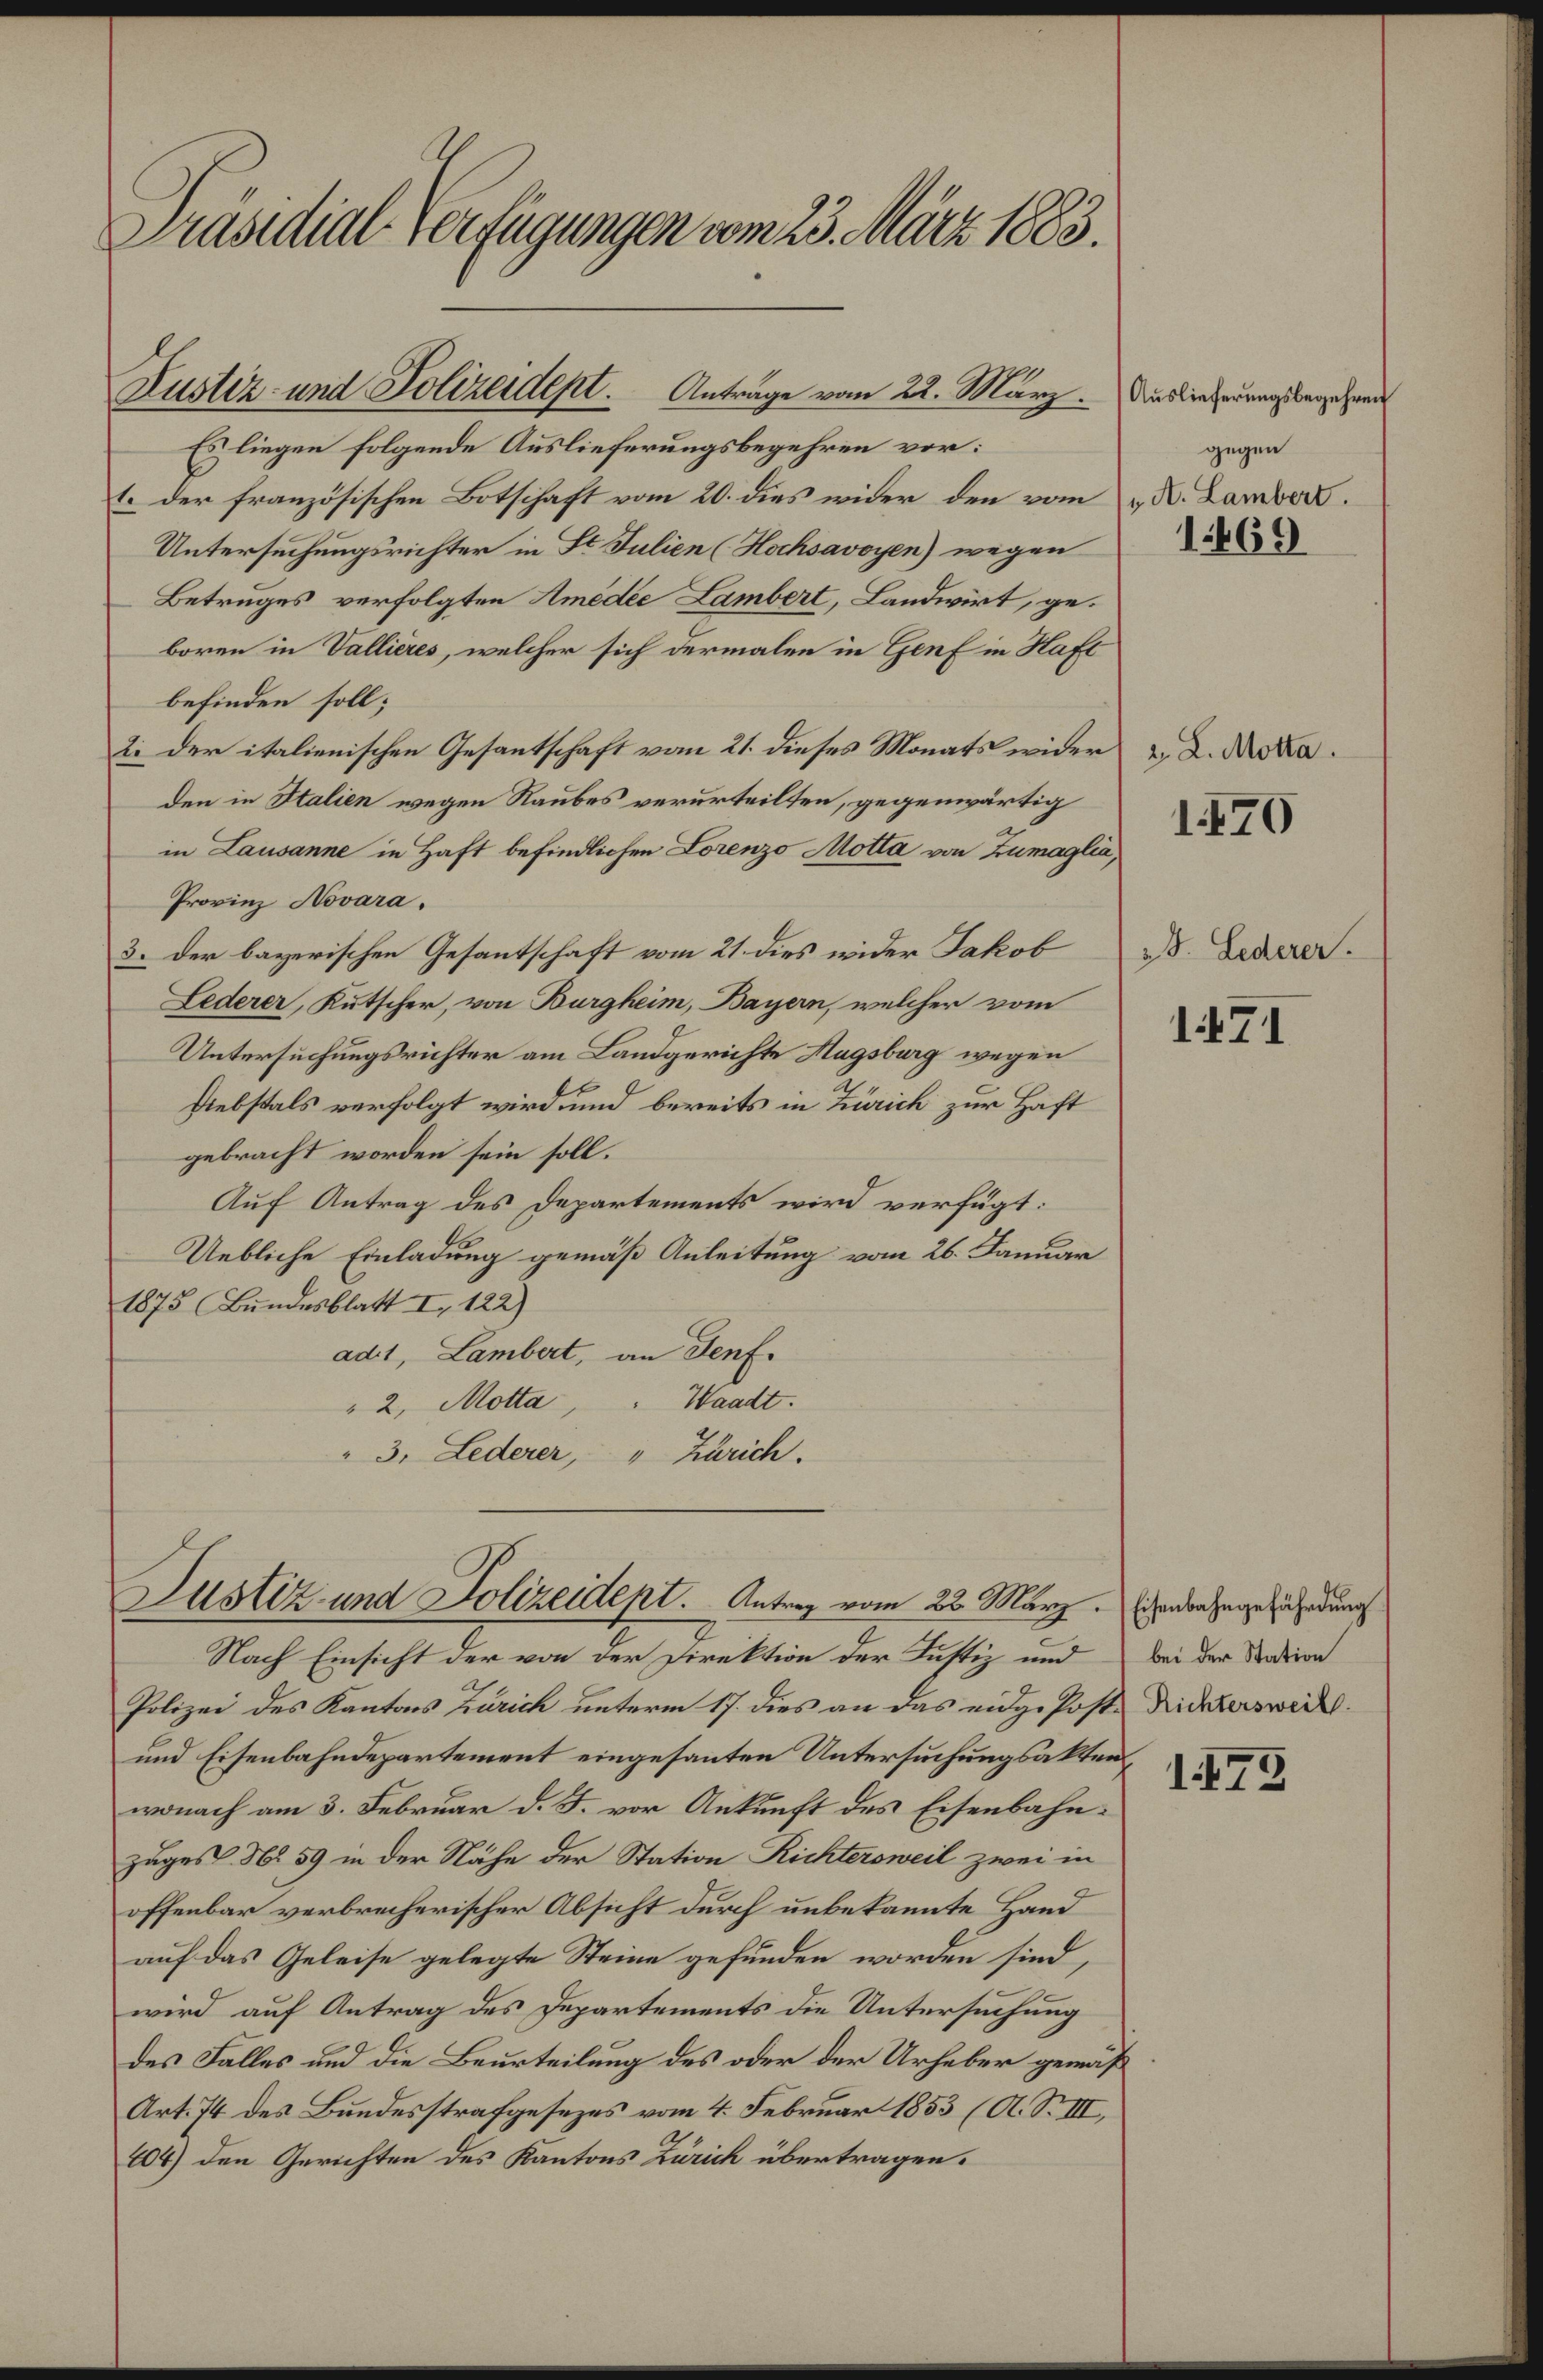
Präsidial-Verfügungen vom 23. März 1883.

Es liegen folgende Auslieferungsbegehren vor:
1. der französischen Botschaft vom 20. dies wider den vom 2. X. Lamber.
Untersuchungsrichter in St. Julien (Hochsavoyen) wegen
Betruges verfolgten Amédée Lambert, Landwirt, geboren in Vallières, welcher sich dermalen in Genf in Haft
befinden soll;
2. der italienischen Gesantschaft vom 21. dieses Monats wider
den in Italien wegen Raubes verurteilten, gegenwärtig
in Lausanne in Haft befindlichen Lorenzo Motta von Zumaglia,
Provinz Novara.
3. der bayerischen Gesantschaft vom 21. dies wider Jakob
Lederer, Kutscher, von Burgheim, Bayern, welcher vom
Untersuchungsrichter am Landgerichte Magsburg wegen
Diebstals verfolgt wird, und bereits in Zürich zur Haft
gebracht worden sein soll.
Auf Antrag des Departements wird verfügt:
Uebliche Einladung gemäß Anleitung vom 26. Januar
1875 Bundesblatt I 122)
adt, Lambert, an Senf.
Waadt.
"2, Motta,
3. Lederer, " Zürich.

Justiz- und Polizeident. Antrage vom 22. März. Auslieferungsbegehren

Justiz und Polizeidept. Antrag vom 23. März anbezugehendung
Nach Einsicht der von der Direktion der Justiz und

Polizei des Kantons Zürich unterm 17. dies an das eidgefoste Dicktersweil
und Eisenbahndepartement eingesanten Untersuchungsakten.
wonach am 3. Februar d. J. vor Ankunft des Eisenbahnzuges No 59 in der Nähe der Station Richtersweil zwei in
offenbar verbrecherischer Absicht durch unbekannte Hand
auf das Geleise gelegte Steine gefunden worden sind,
wird auf Antrag des Departements die Untersuchung
des Falles und die Beurteilung des oder der Urheber gemäß
Art. 74 des Bundesstrafgesezes vom 4. Februar 1853 (A. S. III,
104) den Gerichten des Kantons Zürich übertragen.

gegen

1469

2. L. Motta.

1470

28. Lederer.

1471

bei der Station

175